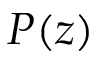
P ( z )